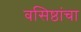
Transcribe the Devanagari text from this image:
वसिष्ठांचा